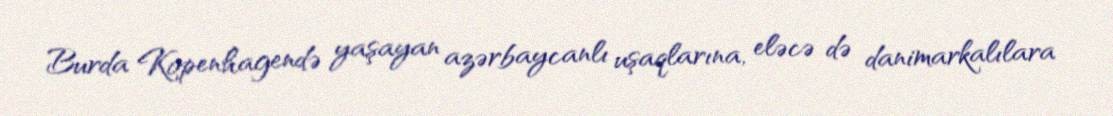
Burda Kopenhagendə yaşayan azərbaycanlı uşaqlarına, eləcə də danimarkalılara